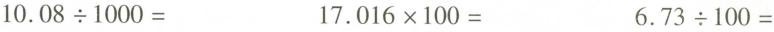
$$1 0 . 0 8 \ div 1 0 0 0 =$$ $$ 1 7